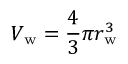
V _ { \mathrm { { w } } } = { \frac { 4 } { 3 } } \pi r _ { \mathrm { { w } } } ^ { 3 }